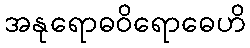
အနုရောဓဝိရောဓေဟိ